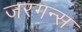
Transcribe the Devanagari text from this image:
जरगन्स